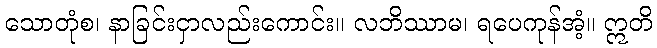
သောတုံစ၊ နာခြင်းငှာလည်းကောင်း။ လဘိဿာမ၊ ရပေကုန်အံ့။ ဣတိ